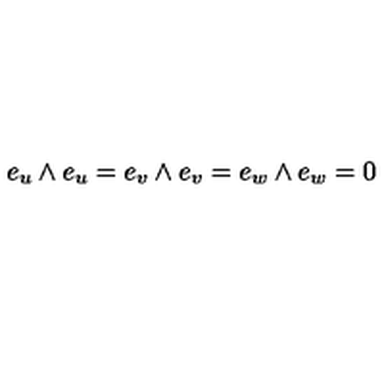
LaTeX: e _ { u } \wedge e _ { u } = e _ { v } \wedge e _ { v } = e _ { w } \wedge e _ { w } = 0